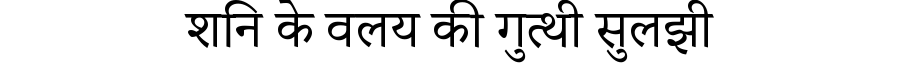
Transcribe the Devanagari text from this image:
शनि के वलय की गुत्थी सुलझी